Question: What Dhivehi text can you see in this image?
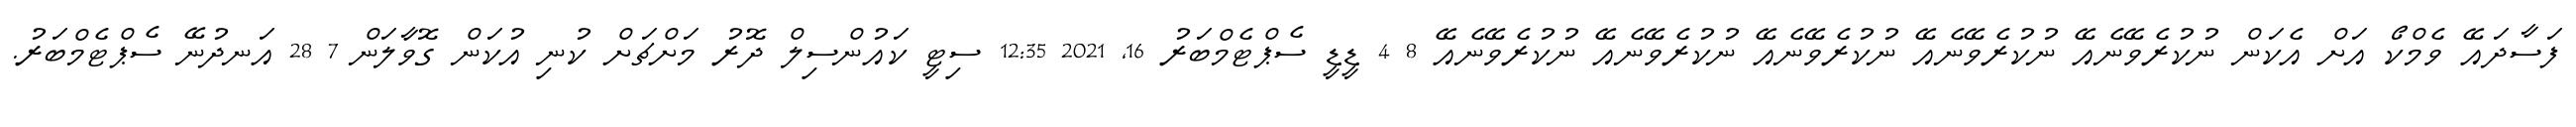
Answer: ފަސާދައޭ ވެމްކޯ އަށް އެކަން ނުކުރެވޭނެއޭ ނުކުރެވޭނެއޭ ނުކުރެވޭނެއޭ ނުކުރެވޭނެއޭ ނުކުރެވޭނެއޭ 8 4 ޑީޑީ ސެޕްޓެމްބަރު 16, 2021 12:35 ސިޓީ ކައުންސިލް ދޮރު މަށްޗަށް ކުނި އުކަން ގޮވާލަން 7 28 އަނދުނޭ ސެޕްޓެމްބަރު.